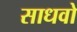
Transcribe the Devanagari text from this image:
साधवो